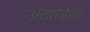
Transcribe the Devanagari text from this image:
अटाविका